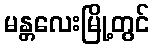
မန္တလေးမြို့တွင်